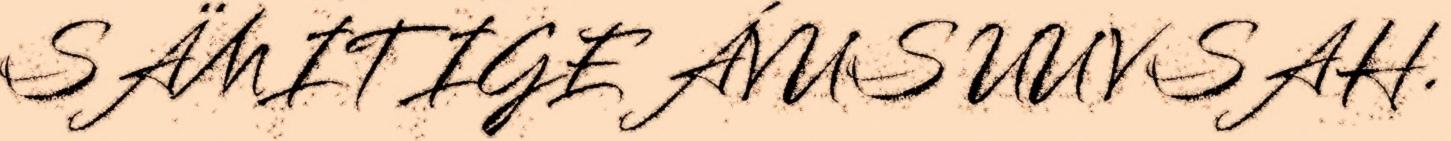
SÄMITIGE ÁVUS UUVSAH.